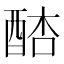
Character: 𨡋